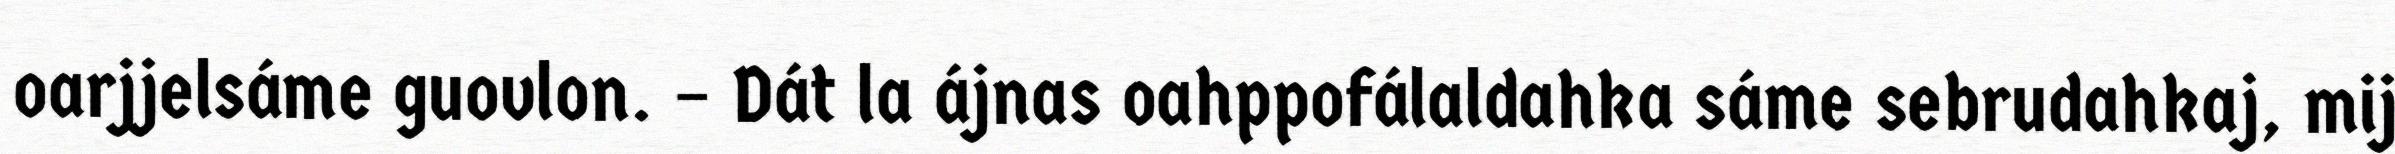
oarjjelsáme guovlon. – Dát la ájnas oahppofálaldahka sáme sebrudahkaj, mij